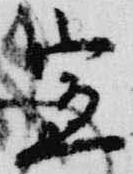
宣